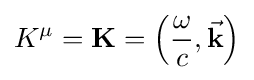
K^{\mu }=\mathbf {K} =\left({\frac {\omega }{c}},{\vec {\mathbf {k} }}\right)